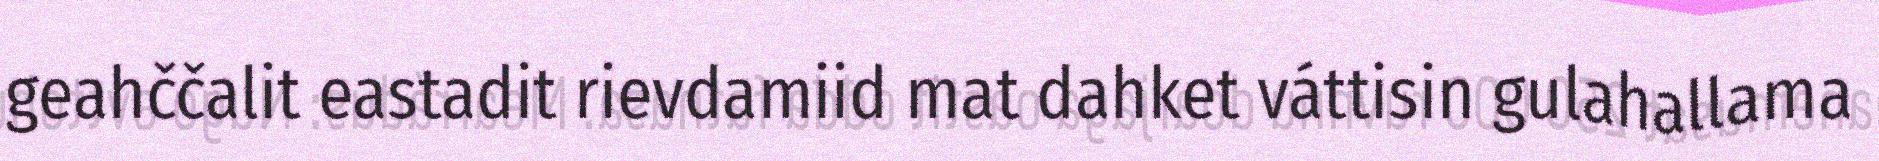
geahččalit eastadit rievdamiid mat dahket váttisin gulahallama